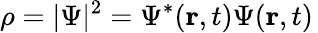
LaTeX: \rho=|\Psi|^{2}=\Psi^{*}(\mathbf{r},t)\Psi(\mathbf{r},t)\,